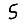
Digit: 5